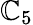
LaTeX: \mathbb{C}_{5}